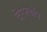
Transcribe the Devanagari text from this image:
टेरफ्लॉप